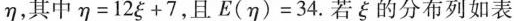
η，其中$$η = 1 2 ξ + 7$$，且$$E ( η ) = 3 4$$.若ξ的分布列如表